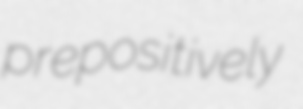
prepositively